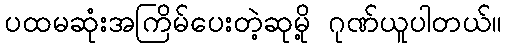
ပထမဆုံးအကြိမ်ပေးတဲ့ဆုမို့ ဂုဏ်ယူပါတယ်။